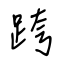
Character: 跨